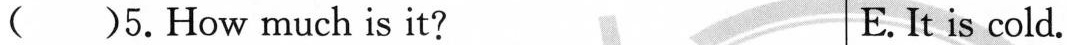
( )5.How much is it? E.It is cold.